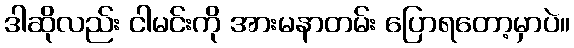
ဒါဆိုလည်း ငါမင်းကို အားမနာတမ်း ပြောရတော့မှာပဲ။